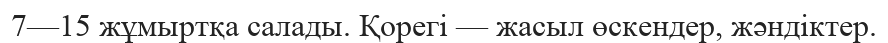
7—15 жұмыртқа салады. Қорегі — жасыл өскендер, жәндіктер.